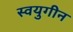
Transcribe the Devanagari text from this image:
स्वयुगीन